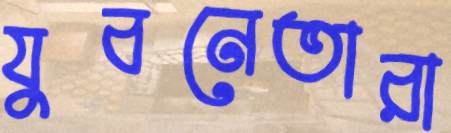
যুবনেতারা